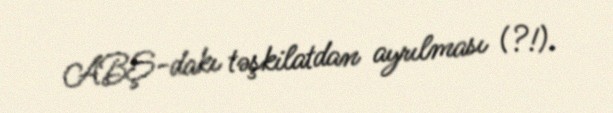
ABŞ-dakı təşkilatdan ayrılması (?!).